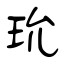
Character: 玧